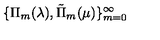
\{ \Pi _ { m } ( \lambda ) , \tilde { \Pi } _ { m } ( \mu ) \} _ { m = 0 } ^ { \infty }